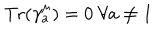
LaTeX: { \mathrm { T r } } ( \gamma _ { a } ^ { \mu } ) = 0 ~ \forall a \not = 1